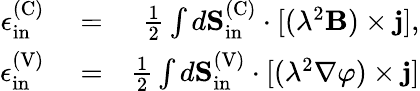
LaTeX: \begin{array}{rlr}{\epsilon_{\mathrm{in}}^{\mathrm{(C)}}}&{{}=}&{\frac{1}{2}\int d{\mathbf S}_{\mathrm{in}}^{\mathrm{(C)}}\cdot[(\lambda^{2}{\mathbf B})\times{\mathbf j}],}\\ {\epsilon_{\mathrm{in}}^{\mathrm{(V)}}}&{{}=}&{\frac{1}{2}\int d{\mathbf S}_{\mathrm{in}}^{\mathrm{(V)}}\cdot[(\lambda^{2}\nabla\varphi)\times{\mathbf j}]}\end{array}